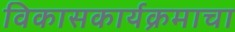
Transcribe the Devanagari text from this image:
विकासकार्यक्रमाचा